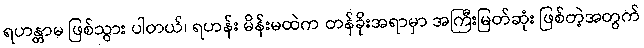
ရဟန္တာမ ဖြစ်သွား ပါတယ်၊ ရဟန်း မိန်းမထဲက တန်ခိုးအရာမှာ အကြီးမြတ်ဆုံး ဖြစ်တဲ့အတွက်